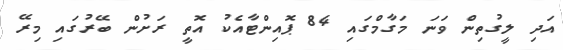
އަދި ލީގުތިން ވަނަ މަގާމްގައި 84 ޕޮއިންޓާއެކު އޮތީ ރަށުން ބޭރުގައި މިރޭ